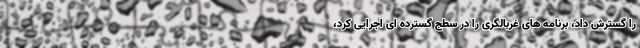
را گسترش داد، برنامه های غربالگری را در سطح گسترده ای اجرایی کرد،